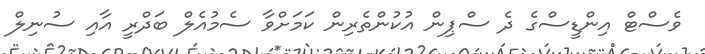
ވެސްޓް އިންޑީސްގެ ދެ ސްޕިން އުކުންތެރިން ކަމަށްވާ ސެމުއެލް ބަދްރީ އާއި ސުނިލް